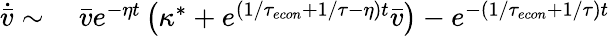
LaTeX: \begin{array}{rl}{\dot{\bar{v}}\sim}&{{}\ \bar{v}e^{-\eta t}\left(\kappa^{*}+e^{(1/{\tau_{econ}}+1/\tau-\eta)t}\bar{v}\right)-e^{-(1/{\tau_{econ}}+1/\tau)t}}\end{array}